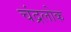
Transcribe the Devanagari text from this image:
चंद्रलोक